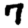
Digit: 7